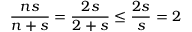
\frac { n s } { n + s } = \frac { 2 s } { 2 + s } \leq \frac { 2 s } { s } = 2